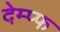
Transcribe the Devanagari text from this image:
देम्प्फ